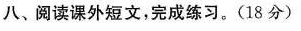
八、阅读课外短文，完成练习。(18分)